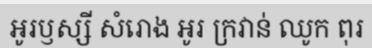
អូរឫស្សី សំរោង អូរ ក្រវាន់ ឈូក ពុរ